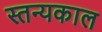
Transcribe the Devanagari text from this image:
स्तन्यकाल